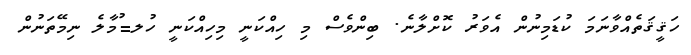
ހަޤީޤަތެއްވާނަމަ ކުޑަމިނުން އެވަރު ކޮށްލާނެ. ބިންވެސް މި ހިއްކަނީ މިހިއްކަނީ ހުލ=ުމާލެ ނިމޭތަނުން